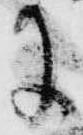
に